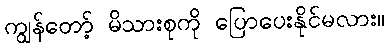
ကျွန်တော့် မိသားစုကို ပြောပေးနိုင်မလား။